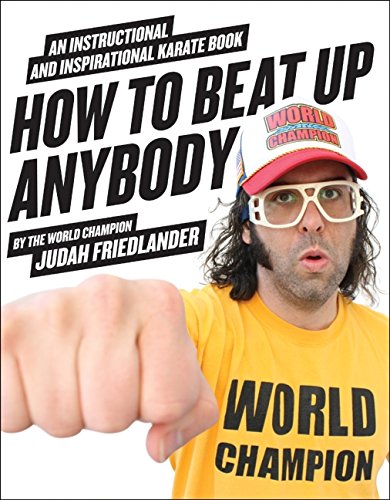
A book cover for How to Beat Up Anybody: An Instructional and Inspirational Karate Book by the World Champion; Judah Friedlander; Humor & Entertainment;